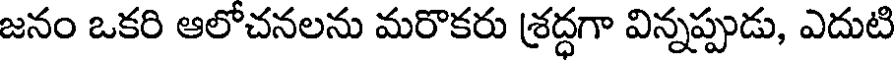
జనం ఒకరి ఆలోచనలను మరొకరు శ్రద్ధగా విన్నప్పుడు, ఎదుటి